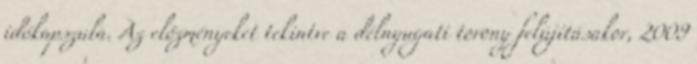
időkapszula. Az előzményeket tekintve a délnyugati torony felújításakor, 2009